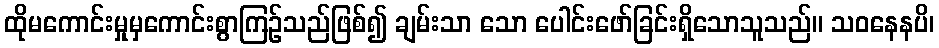
ထိုမကောင်းမှုမှကောင်းစွာကြဉ်သည်ဖြစ်၍ ချမ်းသာ သော ပေါင်းဖော်ခြင်းရှိသောသူသည်။ သဝနေနပိ၊